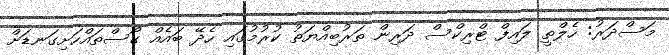
މަސްދަރު: ހެލްތީ ލައިފް ޓްރިކްސް ދަރިން ތަރުބިއްޔަތު ކުރުމުގައި ހެދޭ ބައެއް ގޯސްތައްހަށިގަނޑަށް